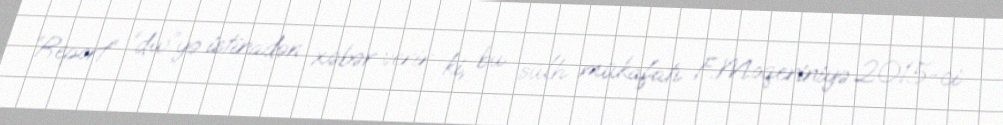
“Report” “dw”yə istinadən xəbər verir ki, bu sülh mükafatı F.Moqeriniyə 2015-ci